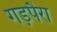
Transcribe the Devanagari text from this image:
गड़पैरा